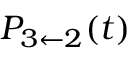
P _ { 3 \leftarrow 2 } ( t )